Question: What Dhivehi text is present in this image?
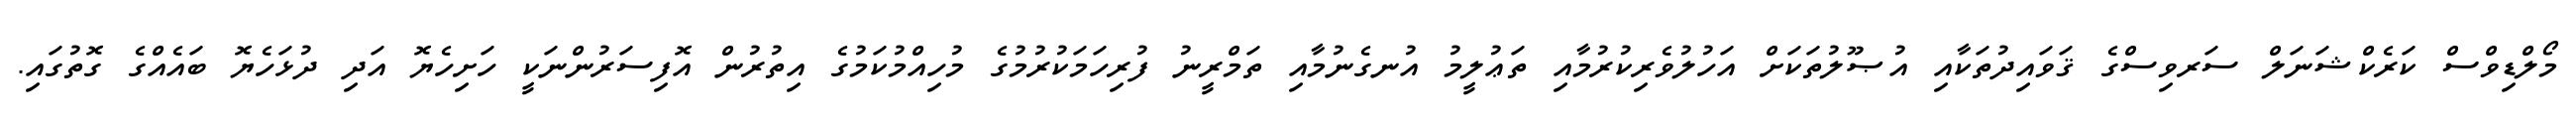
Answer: މޯލްޑިވްސް ކަރެކްޝަނަލް ސަރވިސްގެ ޤަވައިދުތަކާއި އުޞޫލުތަކަށް އަހުލުވެރިކުރުމާއި ތަޢުލީމު އުނގެނުމާއި ތަމްރީނު ފުރިހަމަކުރުމުގެ މުހިއްމުކަމުގެ އިތުރުން އޮފިސަރުންނަކީ ހަށިހެޔޮ އަދި ދުޅަހެޔޮ ބައެއްގެ ގޮތުގައި.